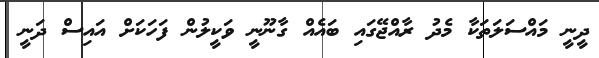
ދީނީ މައްސަލަތަކާ މެދު ރާއްޖޭގައި ބައެއް ގާނޫނީ ވަކީލުން ފަހަކަށް އައިސް ދަނީ